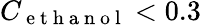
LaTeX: C_{\mathrm{~e~t~h~a~n~o~l~}}<0.3